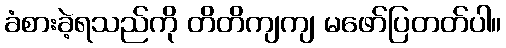
ခံစားခဲ့ရသည်ကို တိတိကျကျ မဖော်ပြတတ်ပါ။